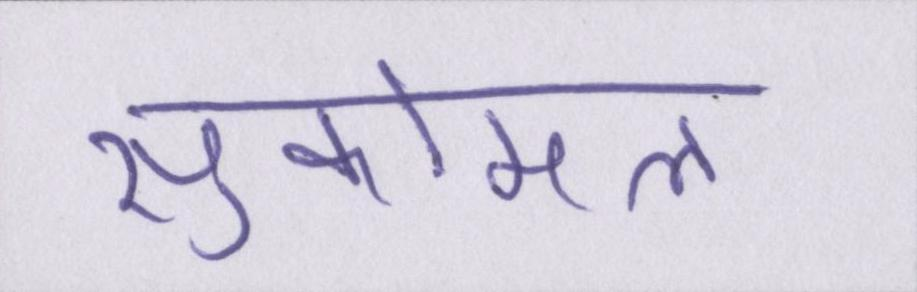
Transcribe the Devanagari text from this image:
सुकोमल